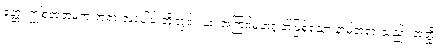
ဧတ္ထ၊ ဤစတုဘူမက တရားအပေါင်းတို့တွင်။ ယံ၊ အကြင်မဟဂ္ဂုတ်ဖြစ်သော နာမ်တရားသည်။ အတ္ထိ၊